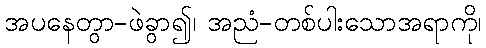
အပနေတွာ-ဖဲခွာ၍၊ အညံ-တစ်ပါးသောအရာကို၊